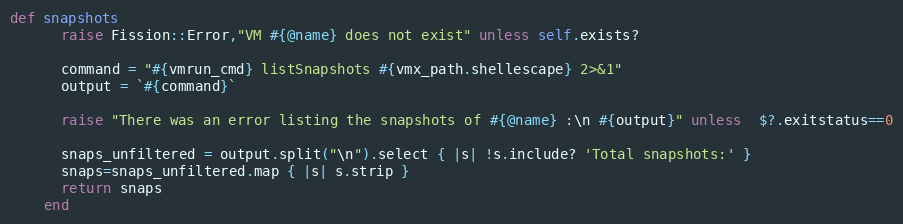
Language: Ruby
def snapshots
      raise Fission::Error,"VM #{@name} does not exist" unless self.exists?

      command = "#{vmrun_cmd} listSnapshots #{vmx_path.shellescape} 2>&1"
      output = `#{command}`

      raise "There was an error listing the snapshots of #{@name} :\n #{output}" unless  $?.exitstatus==0

      snaps_unfiltered = output.split("\n").select { |s| !s.include? 'Total snapshots:' }
      snaps=snaps_unfiltered.map { |s| s.strip }
      return snaps
    end